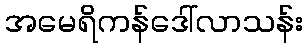
အမေရိကန်ဒေါ်လာသန်း